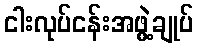
ငါးလုပ်ငန်းအဖွဲ့ချုပ်